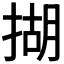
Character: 𢰮